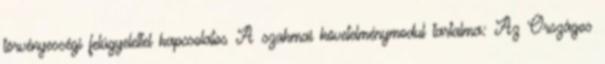
törvényességi felügyelettel kapcsolatos A szakmai követelménymodul tartalma: Az Országos